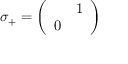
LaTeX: \sigma _ { + } = \left( \begin{array} { c c } { { } } & { { 1 } } \\ { { 0 } } & { { } } \end{array} \right)